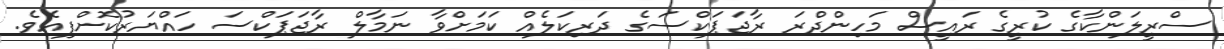
ސްރީލަންކާގެ ކުރީގެ ރައީސް މަހިންދްރަ ރާޖަޕަކްސަގެ ދަރިކަލެއް ކަމަށްވާ ނަމާލް ރާޖަޕަކްސަ ހައްޔަރުކޮށްފިއެވެ.